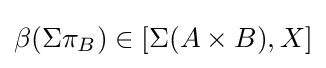
\beta (\Sigma \pi _{B})\in [\Sigma (A\times B),X]